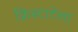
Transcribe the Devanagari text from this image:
क्रिस्टाटेला